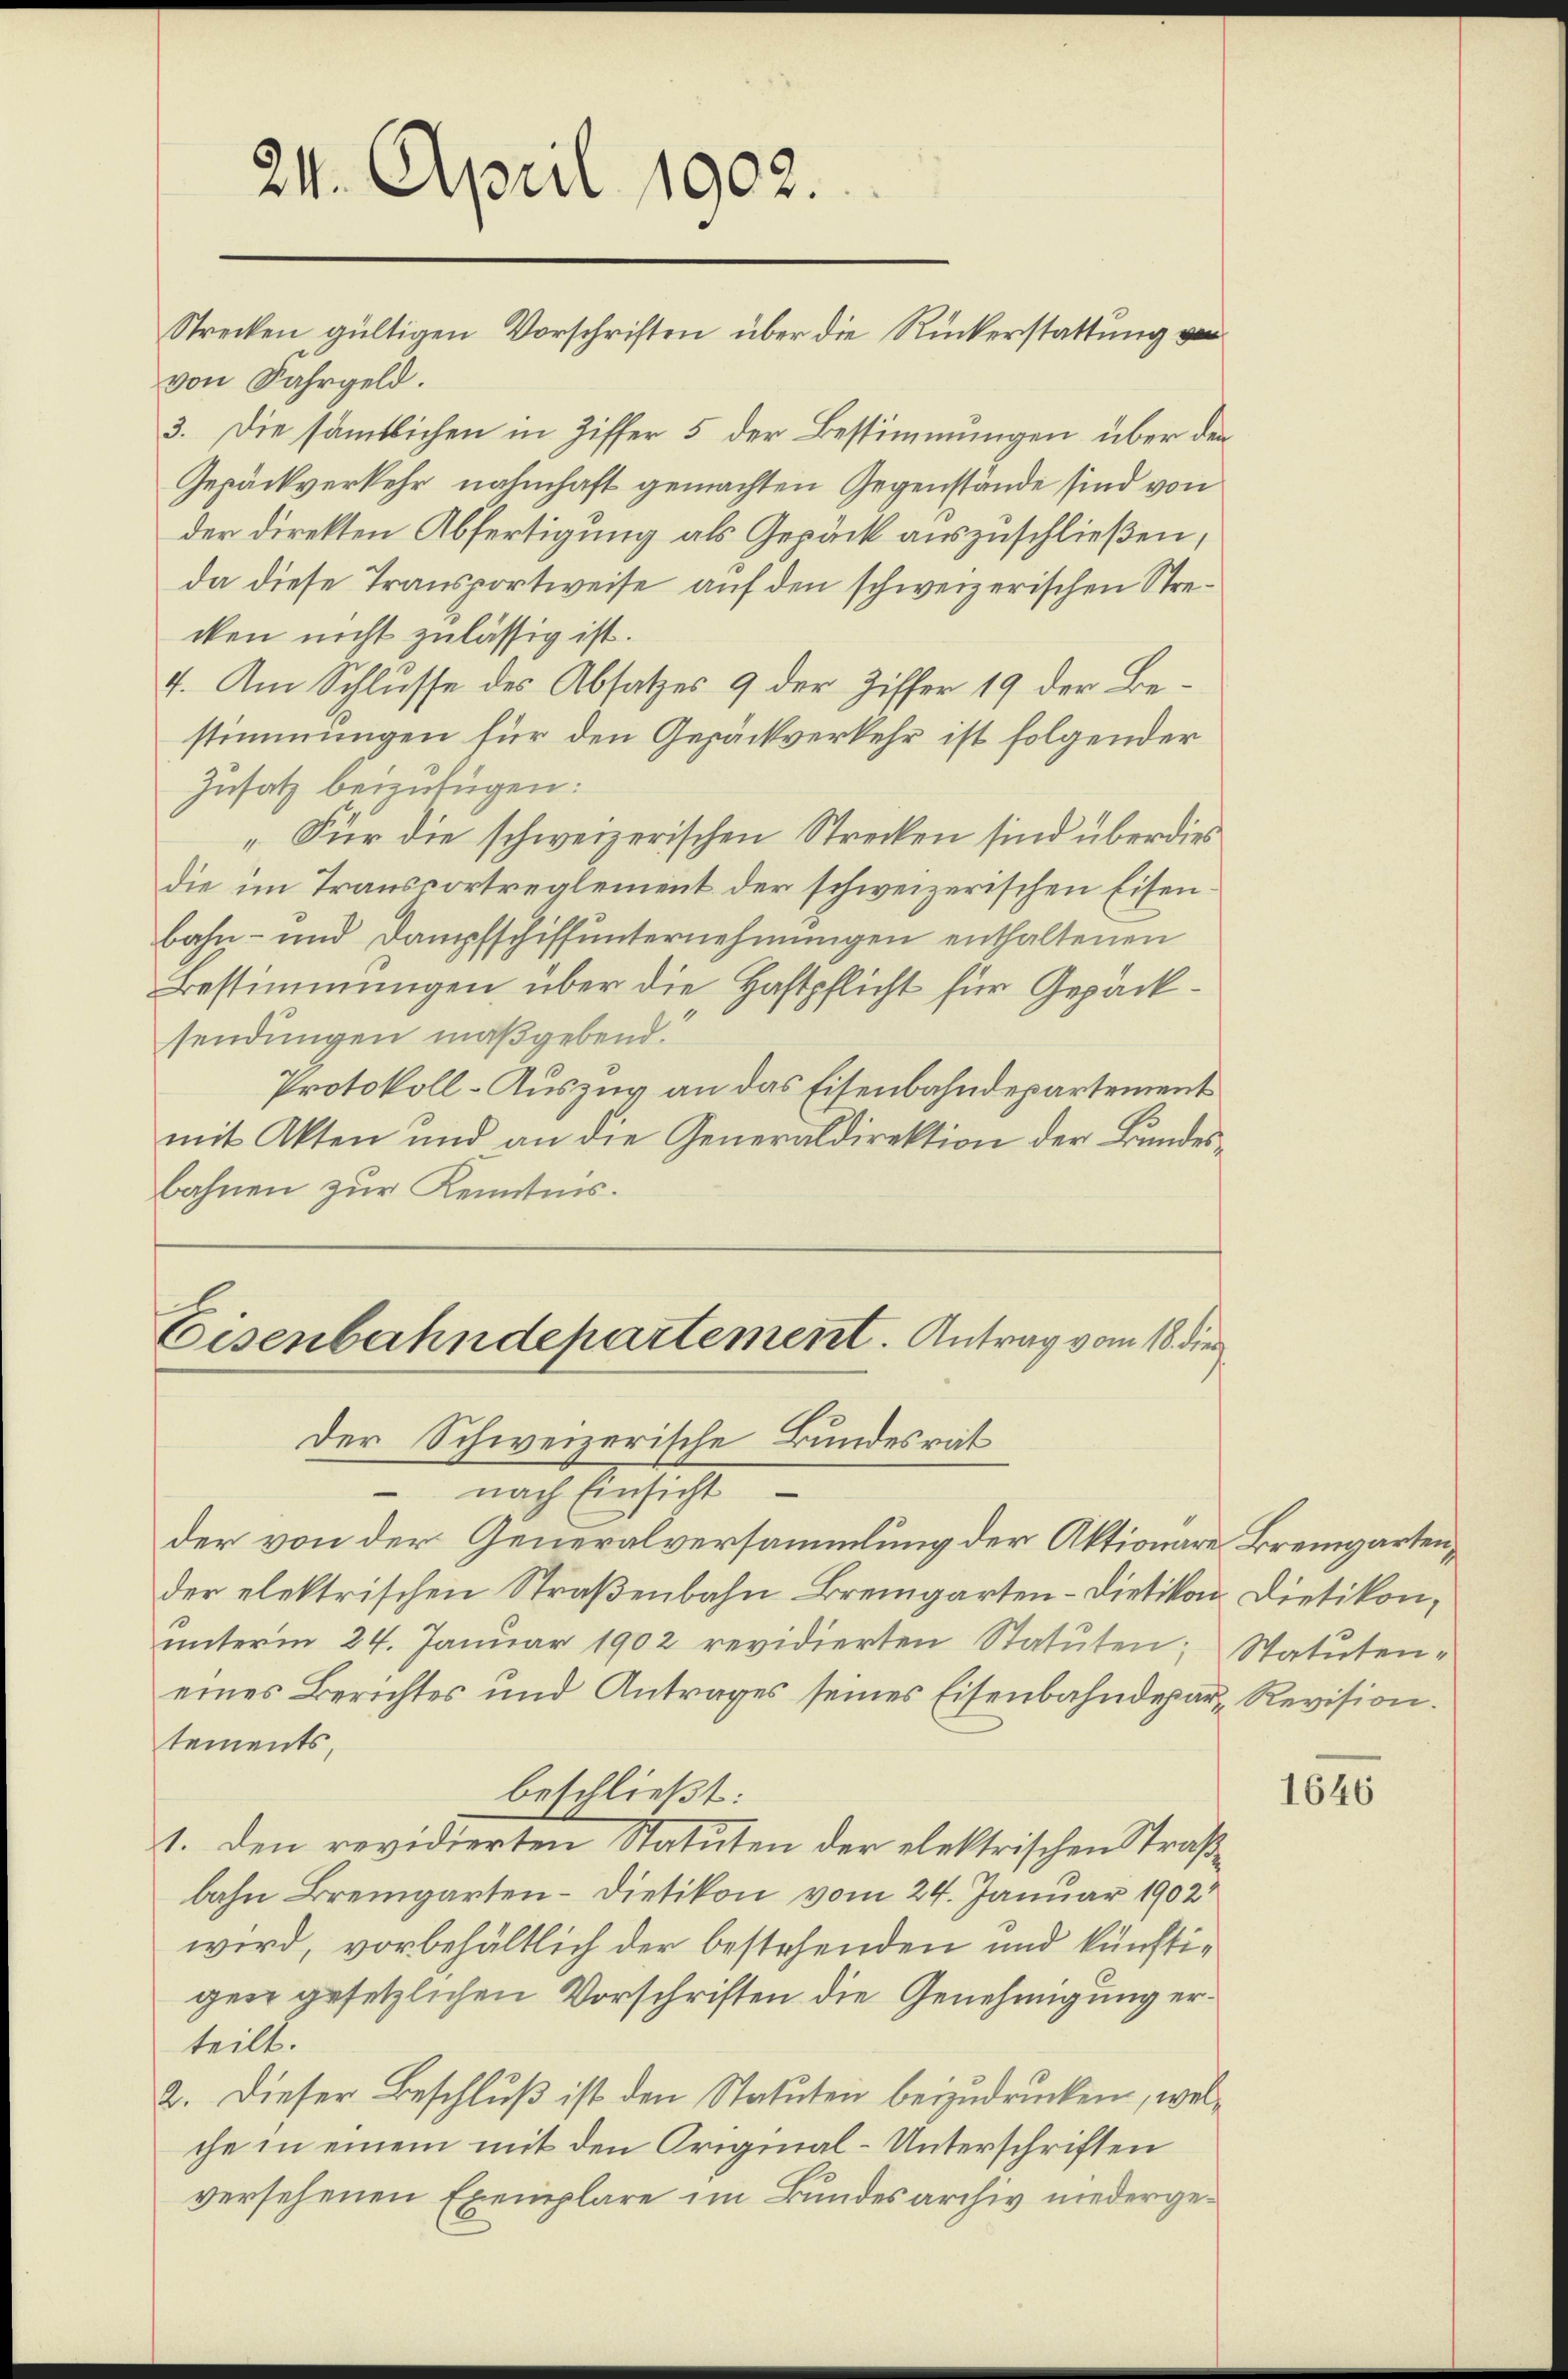
24. April 1902.
Strecken gültigen Vorschriften über die Rückerstattung von

von Jahrgeld.
3. Die sämtlichen in Ziffer 5 der Bestimmungen über den
Gepäckverkehr nahmhaft gemachten Gegenstände sind von
der direkten Abfertigung als Gepäck auszuschließen,
da diese Transportweise auf den schweizerischen Strecken nicht zulässig ist.
4. Am Schlusse des Absatzes 9 der Ziffer 19 der Bestimmungen für den Gepäckverkehr ist folgender
Zusatz beizufügen:
„Für die schweizerischen Strecken sind überdies
die im Transportreglement der schweizerischen Eisenbahn- und Dampfschiffunternehmungen enthaltenen
Bestimmungen über die Haftpflicht für Gepäcksendungen maßgebend.“
Protokoll-Auszug an das Eisenbahndepartement
mit Akten und an die Generaldirektion der Bundesbahnen zur Kenntnis.
Eisenbahndepartement. Antrag vom 18. die

Der Schweizerische Bundesrat
 nach Einsicht
der von der Generalversammlung der Aktionare Bremgarten,

der elektrischen Straßenbahn Bremgarten-Dietikon, Dietikon,
ŭnterm 24. Januar 1902 revidierten Statuten; Statuteneines Berichtes und Antrages seines Eisenbahndepar- Revision.
tements,
beschließt:
1. Den revidierten Statuten der elektrischen Straßbahn Bremgarten- Dietikon vom 24. Januar 1902
wird, vorbehältlich der bestehenden und künftigen gesetzlichen Vorschriften die Genehmigung erteilt.
2. Dieser Beschluß ist den Statuten beizudrucken, welche in einem mit den Original-Unterschriften
versehenen Exemplare im Bundesarchiv niederge¬

1646